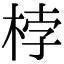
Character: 桲